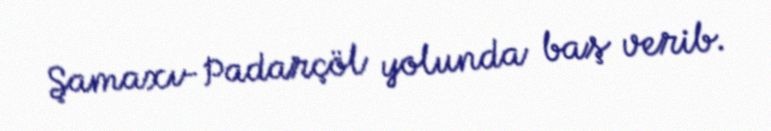
Şamaxı-Padarçöl yolunda baş verib.